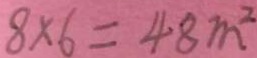
8 \times 6 = 4 8 m ^ { 2 }